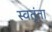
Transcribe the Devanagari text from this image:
स्वतृंता